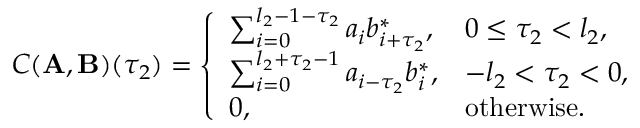
\boldsymbol { C } ( \mathbf { A } , \mathbf { B } ) ( { \tau _ { 2 } } ) = \left\{ \begin{array} { l l } { \sum _ { i = 0 } ^ { l _ { 2 } - 1 - \tau _ { 2 } } a _ { i } b _ { i + \tau _ { 2 } } ^ { * } , } & { 0 \leq \tau _ { 2 } < l _ { 2 } , } \\ { \sum _ { i = 0 } ^ { l _ { 2 } + \tau _ { 2 } - 1 } a _ { i - \tau _ { 2 } } b _ { i } ^ { * } , } & { - l _ { 2 } < \tau _ { 2 } < 0 , } \\ { 0 , } & { \mathrm { o t h e r w i s e } . } \end{array} \right.